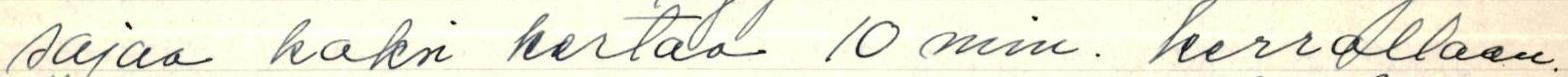
sajaa kaksi kertaa 10 min. kerrallaan.